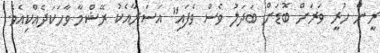
ރީން ހުރީ ވަރަށް ބޮޑަށް ބަދަލު ވެސް ވެފައި" އަސަރާއެކު ރޭޝްމާ ވާހަކަދެއްކިއެވެ.